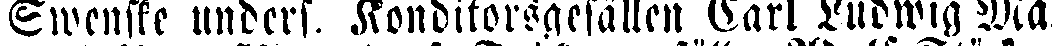
Swenske unders. Konditorsgesällen Carl Ludwig Ma-